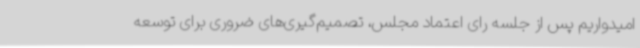
امیدواریم پس از جلسه رای اعتماد مجلس، تصمیم‌گیری‌های ضروری برای توسعه